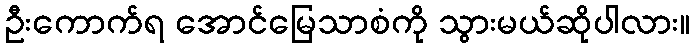
ဦးကောက်ရ အောင်မြေသာစံကို သွားမယ်ဆိုပါလား။